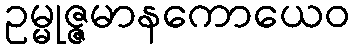
ဥမ္မုဇ္ဇမာနကောယေဝ